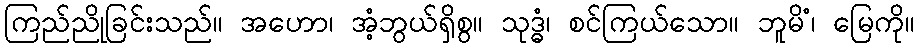
ကြည်ညိုခြင်းသည်။ အဟော၊ အံ့ဘွယ်ရှိစွ။ သုဒ္ဓံ၊ စင်ကြယ်သော။ ဘူမိံ၊ မြေကို။